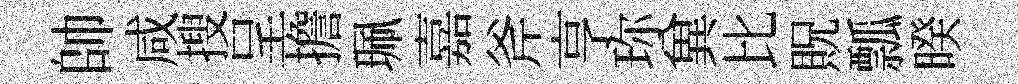
帥咸搜呈擔珮嘉斧亨珎兾比貺瓢暌